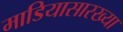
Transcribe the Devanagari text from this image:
माडियासारख्या